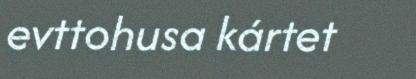
evttohusa kártet